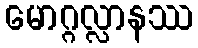
မောဂ္ဂလ္လာနဿ